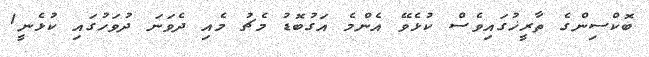
ބޮކްސިންގެ ތާރީޚުގައިވެސް ކުޅެވޭ އެންމެ އަގުބޮޑު މެޗު މެއި ދެވަނަ ދުވަހުގައި ކުޅެނީ1